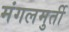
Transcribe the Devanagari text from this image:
मंगलमुर्ती